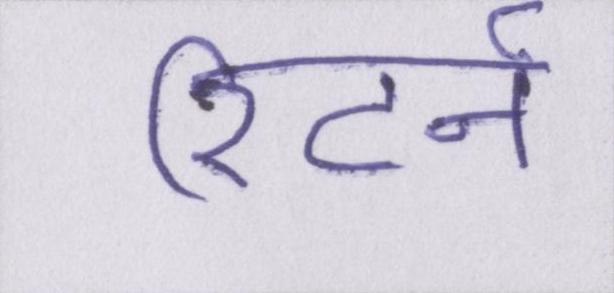
रिटर्न